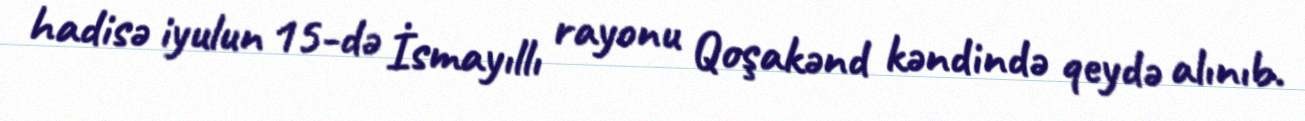
hadisə iyulun 15-də İsmayıllı rayonu Qoşakənd kəndində qeydə alınıb.